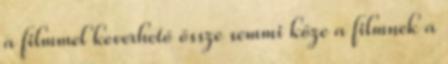
a filmmel keverhető össze semmi köze a filmnek a